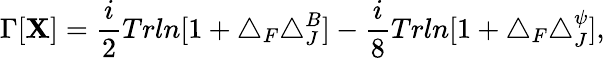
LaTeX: \Gamma[\mathbf{X}]=\frac{{i}}{{2}}Trln[1+\triangle_{F}\triangle_{J}^{B}]-\frac{{i}}{{8}}Trln[1+\triangle_{F}\triangle_{J}^{\psi}],